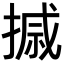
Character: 𪮗